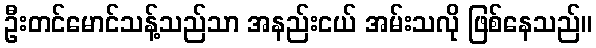
ဦးတင်မောင်သန့်သည်သာ အနည်းငယ် အမ်းသလို ဖြစ်နေသည်။